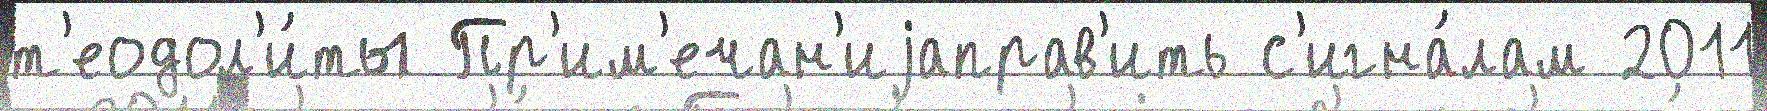
т'еодол'и́ты Пр'им'ечан'иjаправ'ить с'игна́лам 2011